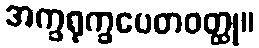
အက္ခရုက္ခပေတဝတ္ထု။